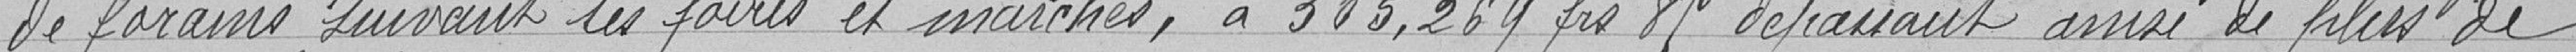
des forains suivant les foires et marchés, à 305.269, 85 francs dépassant ainsi que plus de